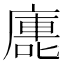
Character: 廤